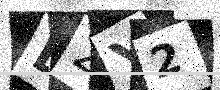
Text: D2Y2